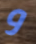
و